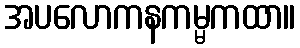
အပလောကနကမ္မကထာ။